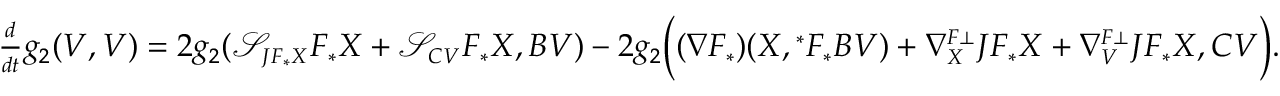
\small \begin{array} { l l } { \frac { d } { d t } g _ { 2 } ( V , V ) = 2 g _ { 2 } ( \mathcal { S } _ { J F _ { \ast } X } F _ { \ast } X + \mathcal { S } _ { C V } F _ { \ast } X , B V ) - 2 g _ { 2 } \Big ( ( \nabla F _ { \ast } ) ( X , { ^ \ast } F _ { \ast } B V ) + \nabla _ { X } ^ { F \bot } J F _ { \ast } X + \nabla _ { V } ^ { F \bot } J F _ { \ast } X , C V \Big ) . } \end{array}